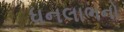
ધનલાભનો